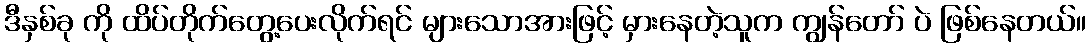
ဒီနှစ်ခု ကို ထိပ်တိုက်တွေ့ပေးလိုက်ရင် များသောအားဖြင့် မှားနေတဲ့သူက ကျွန်တော် ပဲ ဖြစ်နေတယ်။